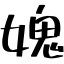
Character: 媿